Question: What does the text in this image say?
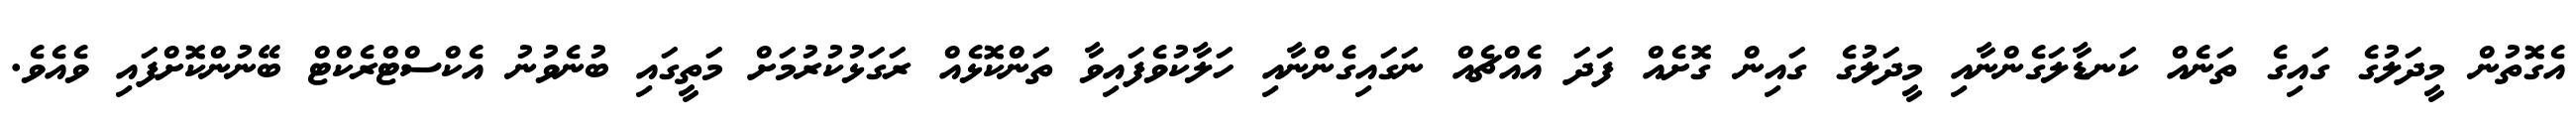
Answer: އެގޮތުން މީދަލުގެ ގައިގެ ތަނެއް ކަނޑާލަގެންނާއި މީދަލުގެ ގައިން ގޮށެއް ފަދަ އެއްޗެއް ނަގައިގެންނާއި ހަލާކުވެފައިވާ ތަންކޮޅެއް ރަގަޅުކުރުމަށް މަތީގައި ބުނެވުނު އެކްސްޓްރެކްޓް ބޭނުންކޮށްފައި ވެއެވެ.